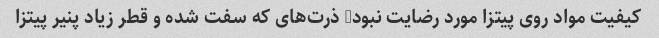
کیفیت مواد روی پیتزا مورد رضایت نبود- ذرت‌های که سفت شده و قطر زیاد پنیر پیتزا